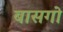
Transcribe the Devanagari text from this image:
बासगो